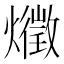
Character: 𤑈